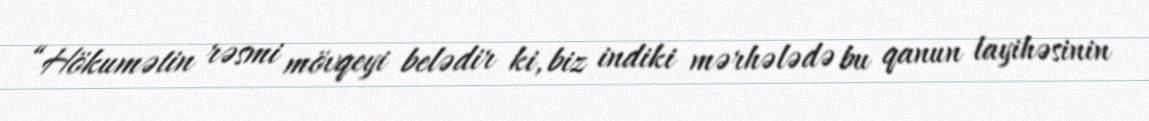
“Hökumətin rəsmi mövqeyi belədir ki, biz indiki mərhələdə bu qanun layihəsinin